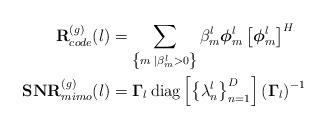
LaTeX: \begin{align*}\mathbf{R}^{(g)}_{code}(l)&=\sum_{\left\{m \; \vert \beta_m^l > 0\right\}}\beta_m^l \boldsymbol{\phi}_m^l \left[\boldsymbol{\phi}_m^l\right]^H \\\mathbf{SNR}^{(g)}_{mimo}(l)&=\boldsymbol{\Gamma}_l\operatorname{diag}\left[\left\{\lambda_n^l\right\}_{n=1}^{D}\right]\left(\boldsymbol{\Gamma}_l\right)^{-1}\end{align*}